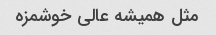
مثل همیشه عالی خوشمزه